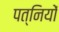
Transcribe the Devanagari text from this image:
पत्‍िनयों